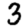
Digit: 3